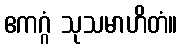
ဧကဂ္ဂံ သုသမာဟိတံ။